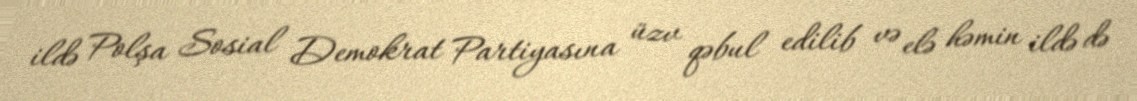
ildə Polşa Sosial Demokrat Partiyasına üzv qəbul edilib və elə həmin ildə də